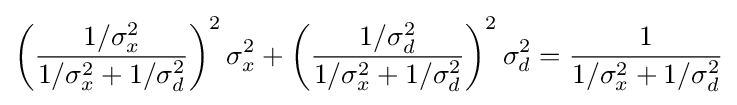
\left({\frac {1/\sigma _{x}^{2}}{1/\sigma _{x}^{2}+1/\sigma _{d}^{2}}}\right)^{2}\sigma _{x}^{2}+\left({\frac {1/\sigma _{d}^{2}}{1/\sigma _{x}^{2}+1/\sigma _{d}^{2}}}\right)^{2}\sigma _{d}^{2}={\frac {1}{1/\sigma _{x}^{2}+1/\sigma _{d}^{2}}}